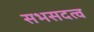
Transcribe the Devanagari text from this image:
सभसदत्व